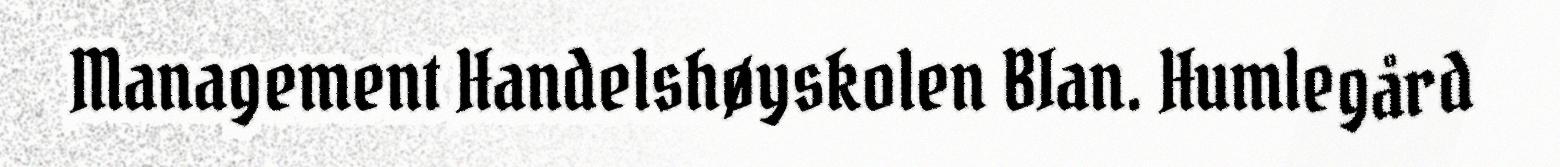
Management Handelshøyskolen BIan. Humlegård